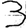
Digit: 3